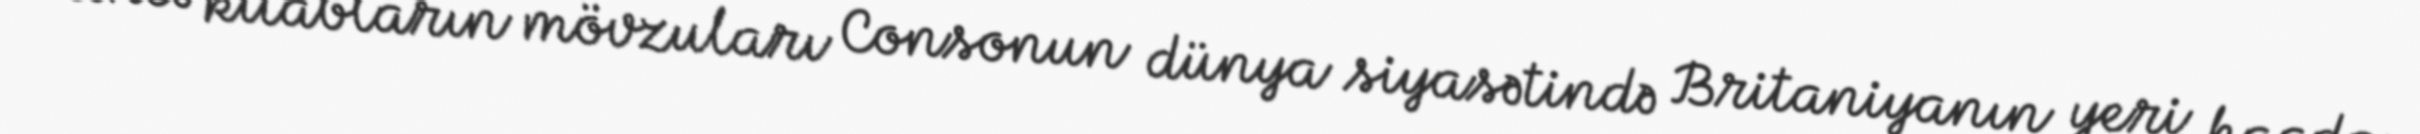
Məncə kitabların mövzuları Consonun dünya siyasətində Britaniyanın yeri haqda